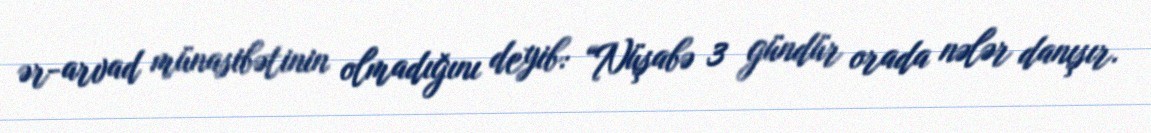
ər-arvad münasibətinin olmadığını deyib: “Nüşabə 3 gündür orada nələr danışır.